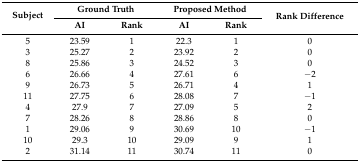
<table><thead><tr><td rowspan="2"><b>Subject</b></td><td colspan="2"><b>Ground Truth</b></td><td colspan="2"><b>Proposed Method</b></td><td rowspan="2"><b>Rank Difference</b></td></tr><tr><td><b>AI</b></td><td><b>Rank</b></td><td><b>AI</b></td><td><b>Rank</b></td></tr></thead><tbody><tr><td>5</td><td>23.59</td><td>1</td><td>22.3</td><td>1</td><td>0</td></tr><tr><td>3</td><td>25.27</td><td>2</td><td>23.92</td><td>2</td><td>0</td></tr><tr><td>8</td><td>25.86</td><td>3</td><td>24.52</td><td>3</td><td>0</td></tr><tr><td>6</td><td>26.66</td><td>4</td><td>27.61</td><td>6</td><td>−2</td></tr><tr><td>9</td><td>26.73</td><td>5</td><td>26.71</td><td>4</td><td>1</td></tr><tr><td>11</td><td>27.75</td><td>6</td><td>28.08</td><td>7</td><td>−1</td></tr><tr><td>4</td><td>27.9</td><td>7</td><td>27.09</td><td>5</td><td>2</td></tr><tr><td>7</td><td>28.26</td><td>8</td><td>28.86</td><td>8</td><td>0</td></tr><tr><td>1</td><td>29.06</td><td>9</td><td>30.69</td><td>10</td><td>−1</td></tr><tr><td>10</td><td>29.3</td><td>10</td><td>29.09</td><td>9</td><td>1</td></tr><tr><td>2</td><td>31.14</td><td>11</td><td>30.74</td><td>11</td><td>0</td></tr></tbody></table>